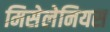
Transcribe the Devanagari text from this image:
मिसेलेनियस